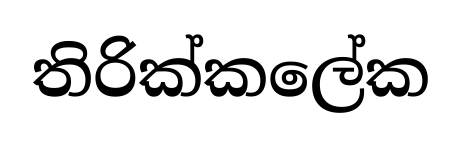
තිරික්කලේක